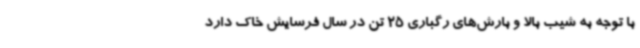
با توجه به شیب بالا و بارش‌های رگباری 25 تن در سال فرسایش خاک دارد